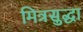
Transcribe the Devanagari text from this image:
मित्रसुद्धा